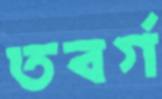
তবর্গ